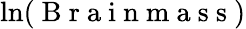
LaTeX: \ln(\mathrm{~B~r~a~i~n~m~a~s~s~})